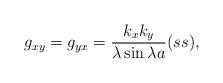
LaTeX: \begin{align*}g_{xy}=g_{yx}={k_xk_y\over\lambda\sin\lambda a}(ss),\end{align*}